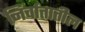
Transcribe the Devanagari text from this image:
निर्वातातील